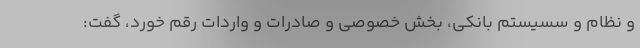
و نظام و سسیستم بانکی، بخش خصوصی و صادرات و واردات رقم خورد، گفت: